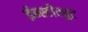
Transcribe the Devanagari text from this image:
ईन्स्टीट्युट